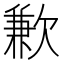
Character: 歉